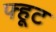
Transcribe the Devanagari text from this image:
फ्हूट